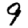
Digit: 9